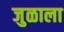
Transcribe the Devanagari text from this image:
जुळाला